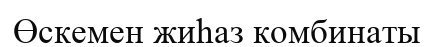
Өскемен жиһаз комбинаты